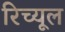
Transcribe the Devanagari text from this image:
रिच्यूल